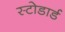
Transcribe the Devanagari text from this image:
स्टोडार्ड